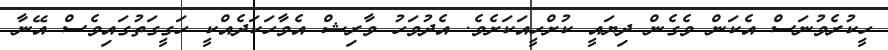
ހީކުރެވުނަސް އެކަން ވެގެން ދިޔައީ ކުށްހީއަކަށެވެ. އެދުވަހު ވާރިޝް އެވާހަކަދެއްކީ ހަގީގަތުގައިވެސް އޭނާ